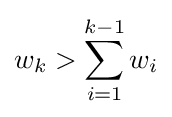
w_{k}>\sum _{i=1}^{k-1}w_{i}